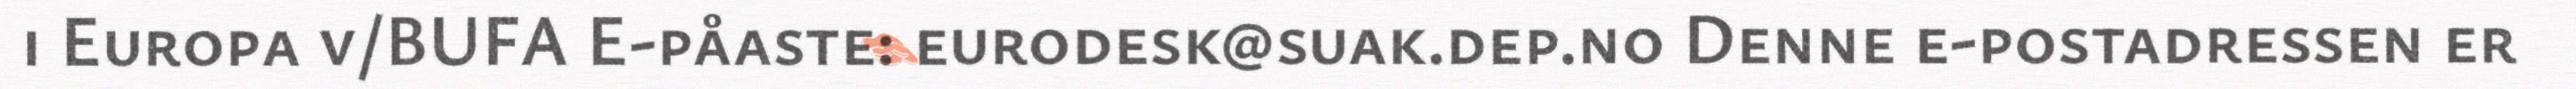
i Europa v/BUFA E-påaste: eurodesk@suak.dep.no Denne e-postadressen er